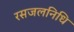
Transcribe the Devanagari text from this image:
रसजलनिधि